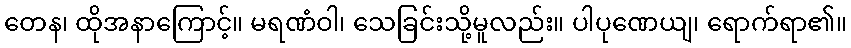
တေန၊ ထိုအနာကြောင့်။ မရဏံဝါ၊ သေခြင်းသို့မူလည်း။ ပါပုဏေယျ၊ ရောက်ရာ၏။